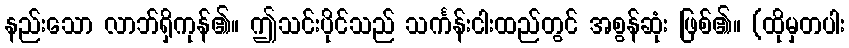
နည်းသော လာဘ်ရှိကုန်၏။ ဤသင်းပိုင်သည် သင်္ကန်းငါးထည်တွင် အစွန်ဆုံး ဖြစ်၏။ (ထိုမှတပါး